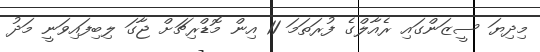
މިދިޔަ ސީޒަންގައި ރެއާލްގެ ފުރަތަމަ 11 އިން މޮޑްރިޗަށް ޖާގަ ލިބިފައިވަނީ މަދު